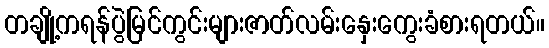
တချို့ကရန်ပွဲမြင်ကွင်းများဇာတ်လမ်းနှေးကွေးခံစားရတယ်။